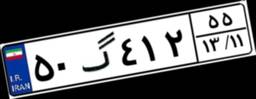
۵۰گ۴۱۲۵۵